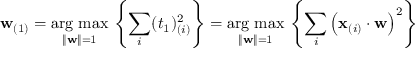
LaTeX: \mathbf { w } _ { ( 1 ) } = { \underset { \Vert \mathbf { w } \Vert = 1 } { \operatorname { \arg \, m a x } } } \, \left\{ \sum _ { i } ( t _ { 1 } ) _ { ( i ) } ^ { 2 } \right\} = { \underset { \Vert \mathbf { w } \Vert = 1 } { \operatorname { \arg \, m a x } } } \, \left\{ \sum _ { i } \left( \mathbf { x } _ { ( i ) } \cdot \mathbf { w } \right) ^ { 2 } \right\}